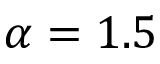
\alpha = 1 . 5